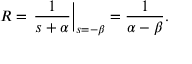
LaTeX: R = \left. { \frac { 1 } { s + \alpha } } \right| _ { s = - \beta } = { \frac { 1 } { \alpha - \beta } } .